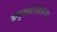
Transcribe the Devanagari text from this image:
अनुभवांसाठीच्या